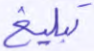
تبلغ